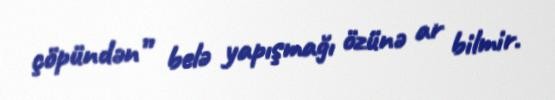
çöpündən” belə yapışmağı özünə ar bilmir.